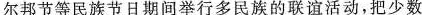
尔邦节等民族节日期间举行多民族的联谊活动，把少数